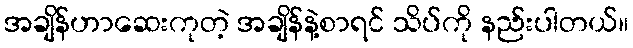
အချိန်ဟာဆေးကုတဲ့ အချိန်နဲ့စာရင် သိပ်ကို နည်းပါတယ်။